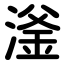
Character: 滏